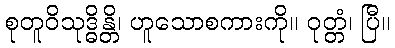
စုတူဝိသုဒ္ဓိန္တိ၊ ဟူသောစကားကို။ ဝုတ္တံ၊ ပြီ။